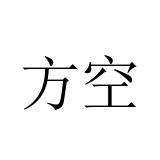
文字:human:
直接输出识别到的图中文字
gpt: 方空